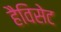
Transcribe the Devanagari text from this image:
हैविसेट